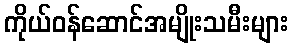
ကိုယ်ဝန်ဆောင်အမျိုးသမီးများ